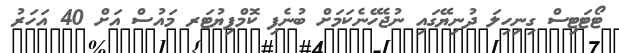
ޓޯޓަޓިސް ގިނިހިލަ ދުނިޔޭގައި ނުޖެހޭނެކަމަށް ބުނެފި ކޮމްޕިޔުޓަރ މައުސް އަށް 40 އަހަރު